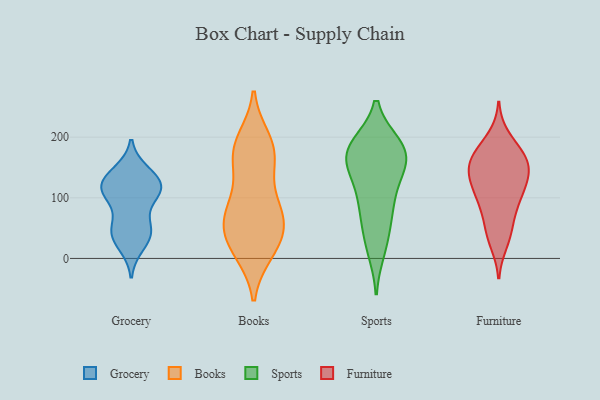
{"axis": {"x": "Active Users", "y": "Value"}, "legend": ["Books", "Furniture", "Grocery", "Sports"], "data": [{"x": "", "y": 46, "type": "Grocery"}, {"x": "", "y": 52, "type": "Grocery"}, {"x": "", "y": 136, "type": "Grocery"}, {"x": "", "y": 22, "type": "Grocery"}, {"x": "", "y": 47, "type": "Grocery"}, {"x": "", "y": 109, "type": "Grocery"}, {"x": "", "y": 127, "type": "Grocery"}, {"x": "", "y": 114, "type": "Grocery"}, {"x": "", "y": 112, "type": "Grocery"}, {"x": "", "y": 142, "type": "Grocery"}, {"x": "", "y": 117, "type": "Grocery"}, {"x": "", "y": 105, "type": "Grocery"}, {"x": "", "y": 37, "type": "Grocery"}, {"x": "", "y": 195, "type": "Books"}, {"x": "", "y": 69, "type": "Books"}, {"x": "", "y": 22, "type": "Books"}, {"x": "", "y": 63, "type": "Books"}, {"x": "", "y": 187, "type": "Books"}, {"x": "", "y": 14, "type": "Books"}, {"x": "", "y": 181, "type": "Books"}, {"x": "", "y": 30, "type": "Books"}, {"x": "", "y": 87, "type": "Books"}, {"x": "", "y": 170, "type": "Books"}, {"x": "", "y": 86, "type": "Books"}, {"x": "", "y": 163, "type": "Books"}, {"x": "", "y": 135, "type": "Books"}, {"x": "", "y": 63, "type": "Books"}, {"x": "", "y": 11, "type": "Books"}, {"x": "", "y": 56, "type": "Books"}, {"x": "", "y": 177, "type": "Sports"}, {"x": "", "y": 81, "type": "Sports"}, {"x": "", "y": 176, "type": "Sports"}, {"x": "", "y": 33, "type": "Sports"}, {"x": "", "y": 177, "type": "Sports"}, {"x": "", "y": 180, "type": "Sports"}, {"x": "", "y": 76, "type": "Sports"}, {"x": "", "y": 185, "type": "Sports"}, {"x": "", "y": 145, "type": "Sports"}, {"x": "", "y": 135, "type": "Sports"}, {"x": "", "y": 103, "type": "Sports"}, {"x": "", "y": 16, "type": "Sports"}, {"x": "", "y": 165, "type": "Sports"}, {"x": "", "y": 45, "type": "Furniture"}, {"x": "", "y": 136, "type": "Furniture"}, {"x": "", "y": 87, "type": "Furniture"}, {"x": "", "y": 150, "type": "Furniture"}, {"x": "", "y": 199, "type": "Furniture"}, {"x": "", "y": 80, "type": "Furniture"}, {"x": "", "y": 101, "type": "Furniture"}, {"x": "", "y": 105, "type": "Furniture"}, {"x": "", "y": 180, "type": "Furniture"}, {"x": "", "y": 121, "type": "Furniture"}, {"x": "", "y": 167, "type": "Furniture"}, {"x": "", "y": 165, "type": "Furniture"}, {"x": "", "y": 135, "type": "Furniture"}, {"x": "", "y": 131, "type": "Furniture"}, {"x": "", "y": 27, "type": "Furniture"}, {"x": "", "y": 166, "type": "Furniture"}, {"x": "", "y": 42, "type": "Furniture"}, {"x": "", "y": 158, "type": "Furniture"}]}